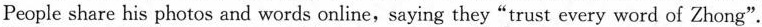
People share his photos and words online,saying they"trust every word of Zhong".